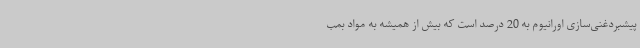
پیشبردغنی‌سازی اورانیوم به 20 درصد است که بیش از همیشه به مواد بمب